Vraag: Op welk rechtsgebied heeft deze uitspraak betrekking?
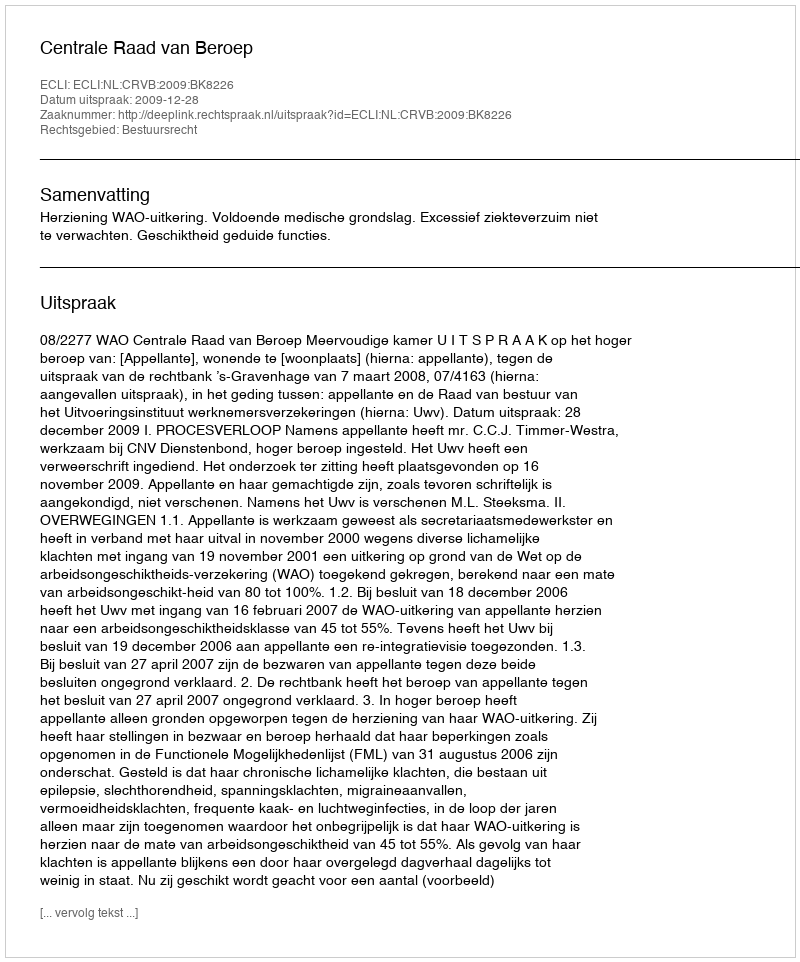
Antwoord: Bestuursrecht